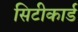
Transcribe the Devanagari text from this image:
सिटीकार्ड